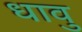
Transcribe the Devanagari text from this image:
धावु